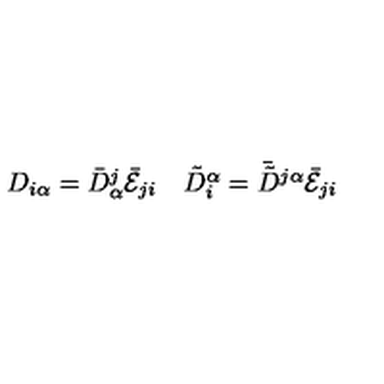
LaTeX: \begin{array} { c c } { D _ { i \alpha } = \bar { D } _ { \alpha } ^ { j } \bar { \cal E } _ { j i } } & { \tilde { D } _ { i } ^ { \alpha } = \bar { \tilde { D } } { } ^ { j \alpha } \bar { \cal E } _ { j i } } \\ \end{array}